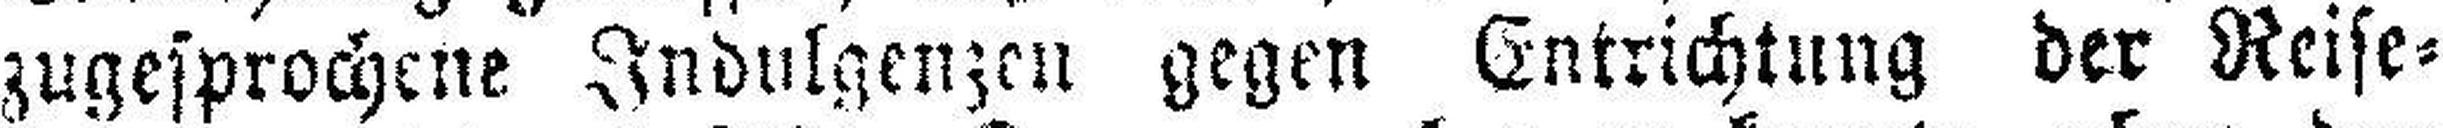
zugesprochene Indulgenzen gegen Entrichtung der Reise¬